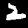
Label: 2